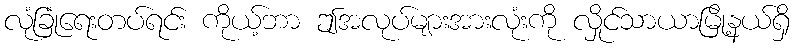
လုံခြုံရေးတပ်ရင်း ကိုယ့်ဘာ ဤအလုပ်များအားလုံးကို လှိုင်သာယာမြို့နယ်ရှိ